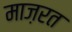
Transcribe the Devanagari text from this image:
माज़रत